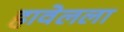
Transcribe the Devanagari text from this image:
हावेलला